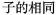
子的相同